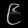
Digit: ၉